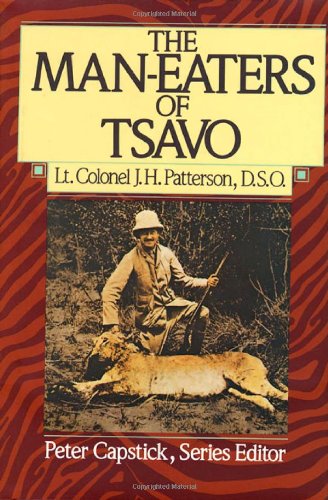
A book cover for The Man-Eaters of Tsavo (Peter Capstick Library Series); J. H. Patterson; Biographies & Memoirs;